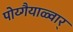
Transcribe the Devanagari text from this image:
पोय्गैयाळ्वार्